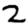
Digit: 2